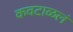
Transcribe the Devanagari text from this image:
कवटाळलं